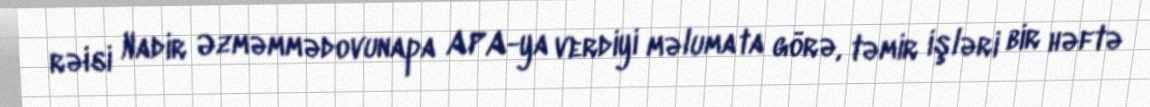
rəisi Nadir Əzməmmədovunapa APA-ya verdiyi məlumata görə, təmir işləri bir həftə